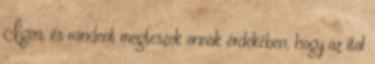
Igen, és mindent megteszek annak érdekében, hogy az ital